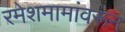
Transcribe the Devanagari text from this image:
रमेशमामांवरून